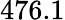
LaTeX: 476.1